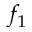
f _ { 1 }